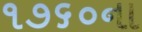
૧૭૬૦ના